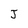
Character: J